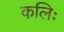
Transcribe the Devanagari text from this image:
कलिः